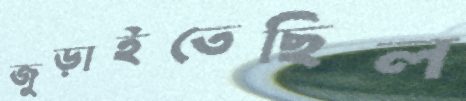
জুড়াইতেছিল